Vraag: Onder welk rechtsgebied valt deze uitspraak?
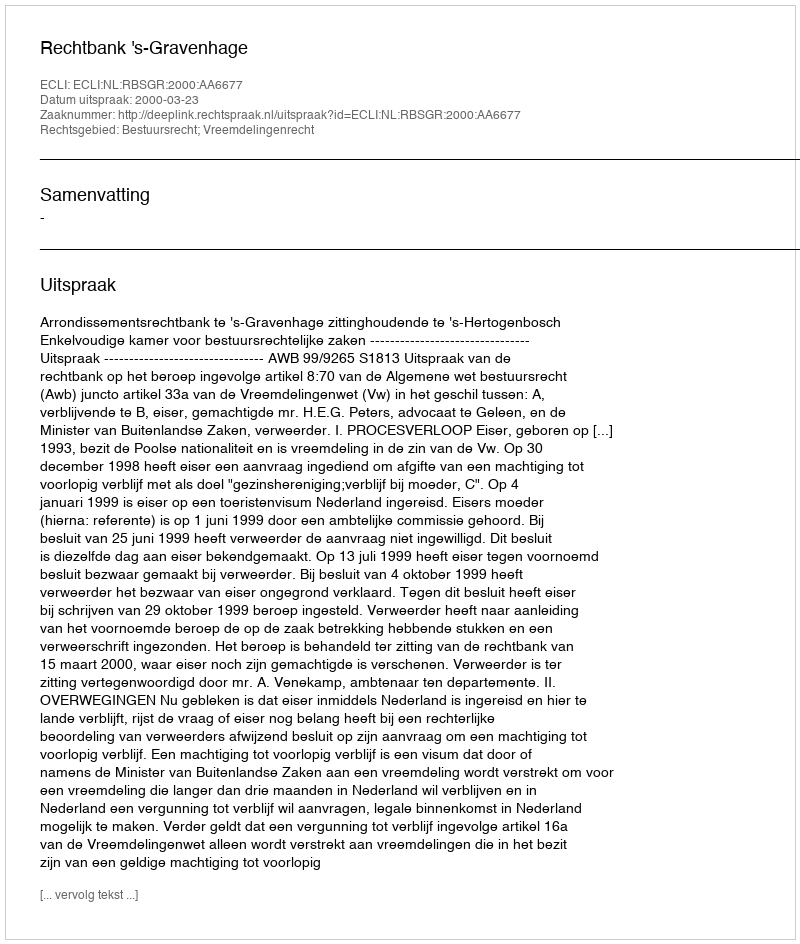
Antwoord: Bestuursrecht; Vreemdelingenrecht